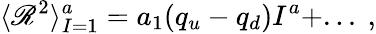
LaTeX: \langle\mathscr{R}^{2}\rangle_{I=1}^{a}=a_{1}(q_{u}-q_{d}){{I^{a}}}+...\ ,